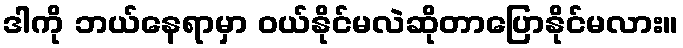
ဒါကို ဘယ်နေရာမှာ ဝယ်နိုင်မလဲဆိုတာပြောနိုင်မလား။